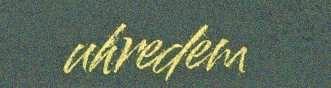
uhredem